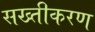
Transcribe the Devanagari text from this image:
सख्तीकरण